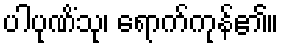
ပါပုဏိံသု၊ ရောက်ကုန်၏။